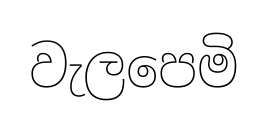
වැලපෙමි